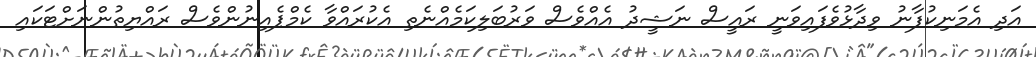
އަދި އެމަނިކުފާނު ވިދާޅުވެފައިވަނީ ރައީސް ނަޝީދު އެއްވެސް ވަރުބަލިކަމެއްނެތި އެކުރައްވާ ކެމްޕެއިނުންވެސް ރައްޔިތުންނަށްޓަކައި